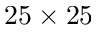
2 5 \times 2 5